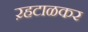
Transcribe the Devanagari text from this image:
ऱहटाळकर